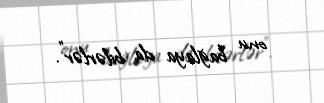
onu bağlaya da bilərlər”.